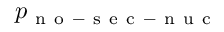
p _ { \mathrm { ~ n ~ o ~ - ~ s ~ e ~ c ~ - ~ n ~ u ~ c ~ } }